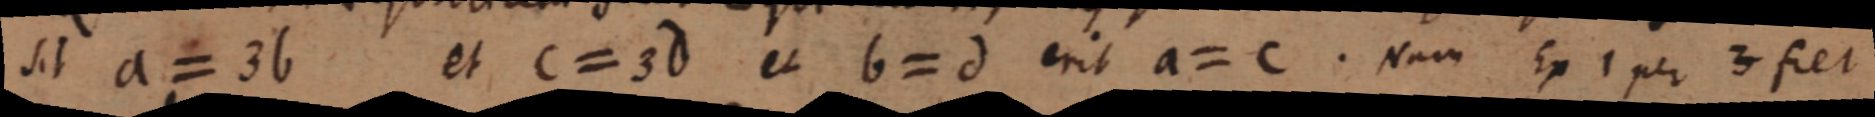
sit a = 3b et C = 3d et b = d erit a = c. Nam Ex 1 per 3 fiet